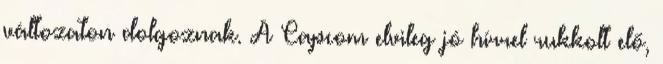
változaton dolgoznak. A Capcom elvileg jó hírrel rukkolt elő,